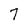
Character: 7